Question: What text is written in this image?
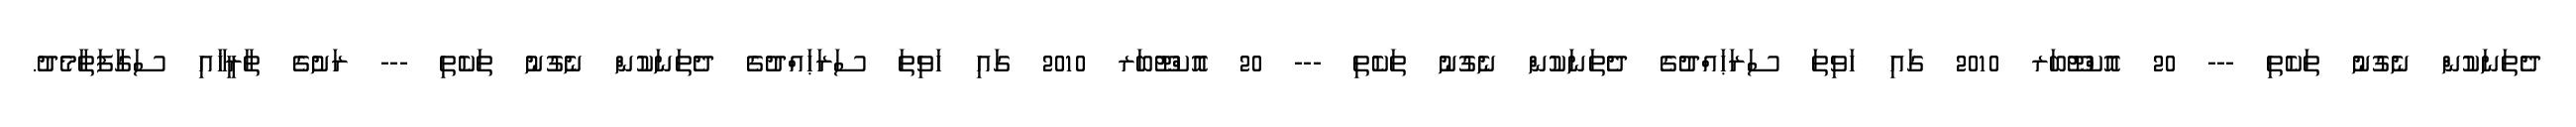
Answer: ދެތަނަކުން ނެގުނު ތަކެތި --- 20 އޮކްޓޫބަރ 2010 ގައި ހަވިތަ ސަރަޙައްދުގެ ދެތަނަކުން ނެގުނު ތަކެތި --- 20 އޮކްޓޫބަރ 2010 ގައި ހަވިތަ ސަރަޙައްދުގެ ދެތަނަކުން ނެގުނު ތަކެތި --- ރަށުގެ ތާރީޚާއި ސަގާފަތާމެދު.